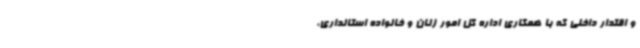
و اقتدار داخلی که با همکاری اداره کل امور زنان و خانواده استانداری،